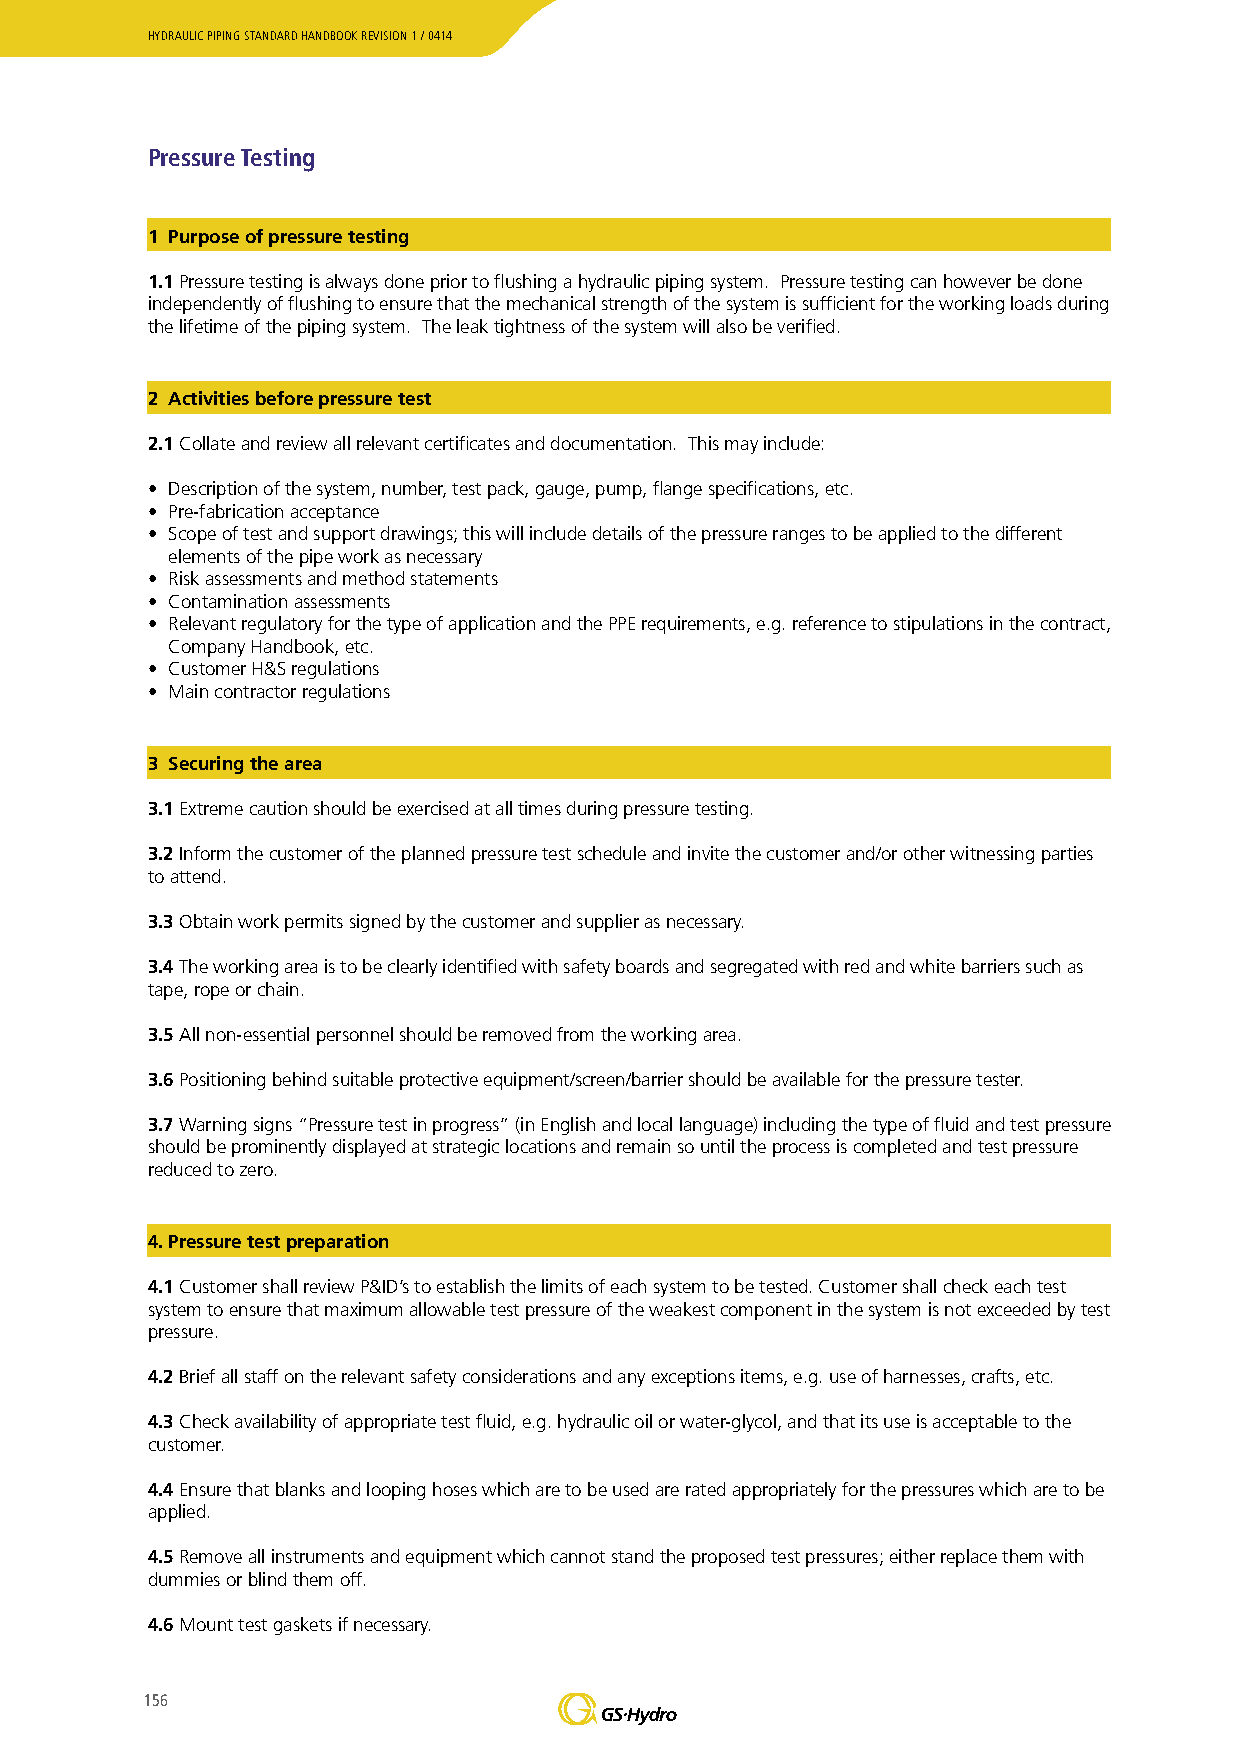
HYDRAULIC PIPING STANDARD HANDBOOK REVISION 1 / 0414
 Pressure Testing
 1 Purpose of pressure testing
 1.1 Pressure testing is always done prior to flushing a hydraulic piping system. Pressure testing can however be done
 independently of flushing to ensure that the mechanical strength of the system is sufficient for the working loads during
 the lifetime of the piping system. The leak tightness of the system will also be verified.
 2 Activities before pressure test
 2.1 Collate and review all relevant certificates and documentation. This may include:
 • Description of the system, number, test pack, gauge, pump, flange specifications, etc.
 • Pre-fabrication acceptance
 • Scope of test and support drawings; this will include details of the pressure ranges to be applied to the different
 elements of the pipe work as necessary
 • Risk assessments and method statements
 • Contamination assessments
 • Relevant regulatory for the type of application and the PPE requirements, e.g. reference to stipulations in the contract,
 Company Handbook, etc.
 • Customer H&S regulations
 • Main contractor regulations
 3 Securing the area
 3.1 Extreme caution should be exercised at all times during pressure testing.
 3.2 Inform the customer of the planned pressure test schedule and invite the customer and/or other witnessing parties
 to attend.
 3.3 Obtain work permits signed by the customer and supplier as necessary.
 3.4 The working area is to be clearly identified with safety boards and segregated with red and white barriers such as
 tape, rope or chain.
 3.5 All non-essential personnel should be removed from the working area.
 3.6 Positioning behind suitable protective equipment/screen/barrier should be available for the pressure tester.
 3.7 Warning signs “Pressure test in progress” (in English and local language) including the type of fluid and test pressure
 should be prominently displayed at strategic locations and remain so until the process is completed and test pressure
 reduced to zero.
 4. Pressure test preparation
 4.1 Customer shall review P&ID’s to establish the limits of each system to be tested. Customer shall check each test
 system to ensure that maximum allowable test pressure of the weakest component in the system is not exceeded by test
 pressure.
 4.2 Brief all staff on the relevant safety considerations and any exceptions items, e.g. use of harnesses, crafts, etc.
 4.3 Check availability of appropriate test fluid, e.g. hydraulic oil or water-glycol, and that its use is acceptable to the
 customer.
 4.4 Ensure that blanks and looping hoses which are to be used are rated appropriately for the pressures which are to be
 applied.
 4.5 Remove all instruments and equipment which cannot stand the proposed test pressures; either replace them with
 dummies or blind them off.
 4.6 Mount test gaskets if necessary.
 156